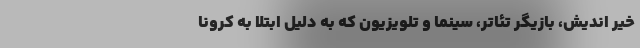
خیر اندیش، بازیگر تئاتر، سینما و تلویزیون که به دلیل ابتلا به کرونا